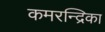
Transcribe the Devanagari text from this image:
कमरन्द्रिका